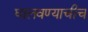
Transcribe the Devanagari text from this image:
घालवण्याचीच